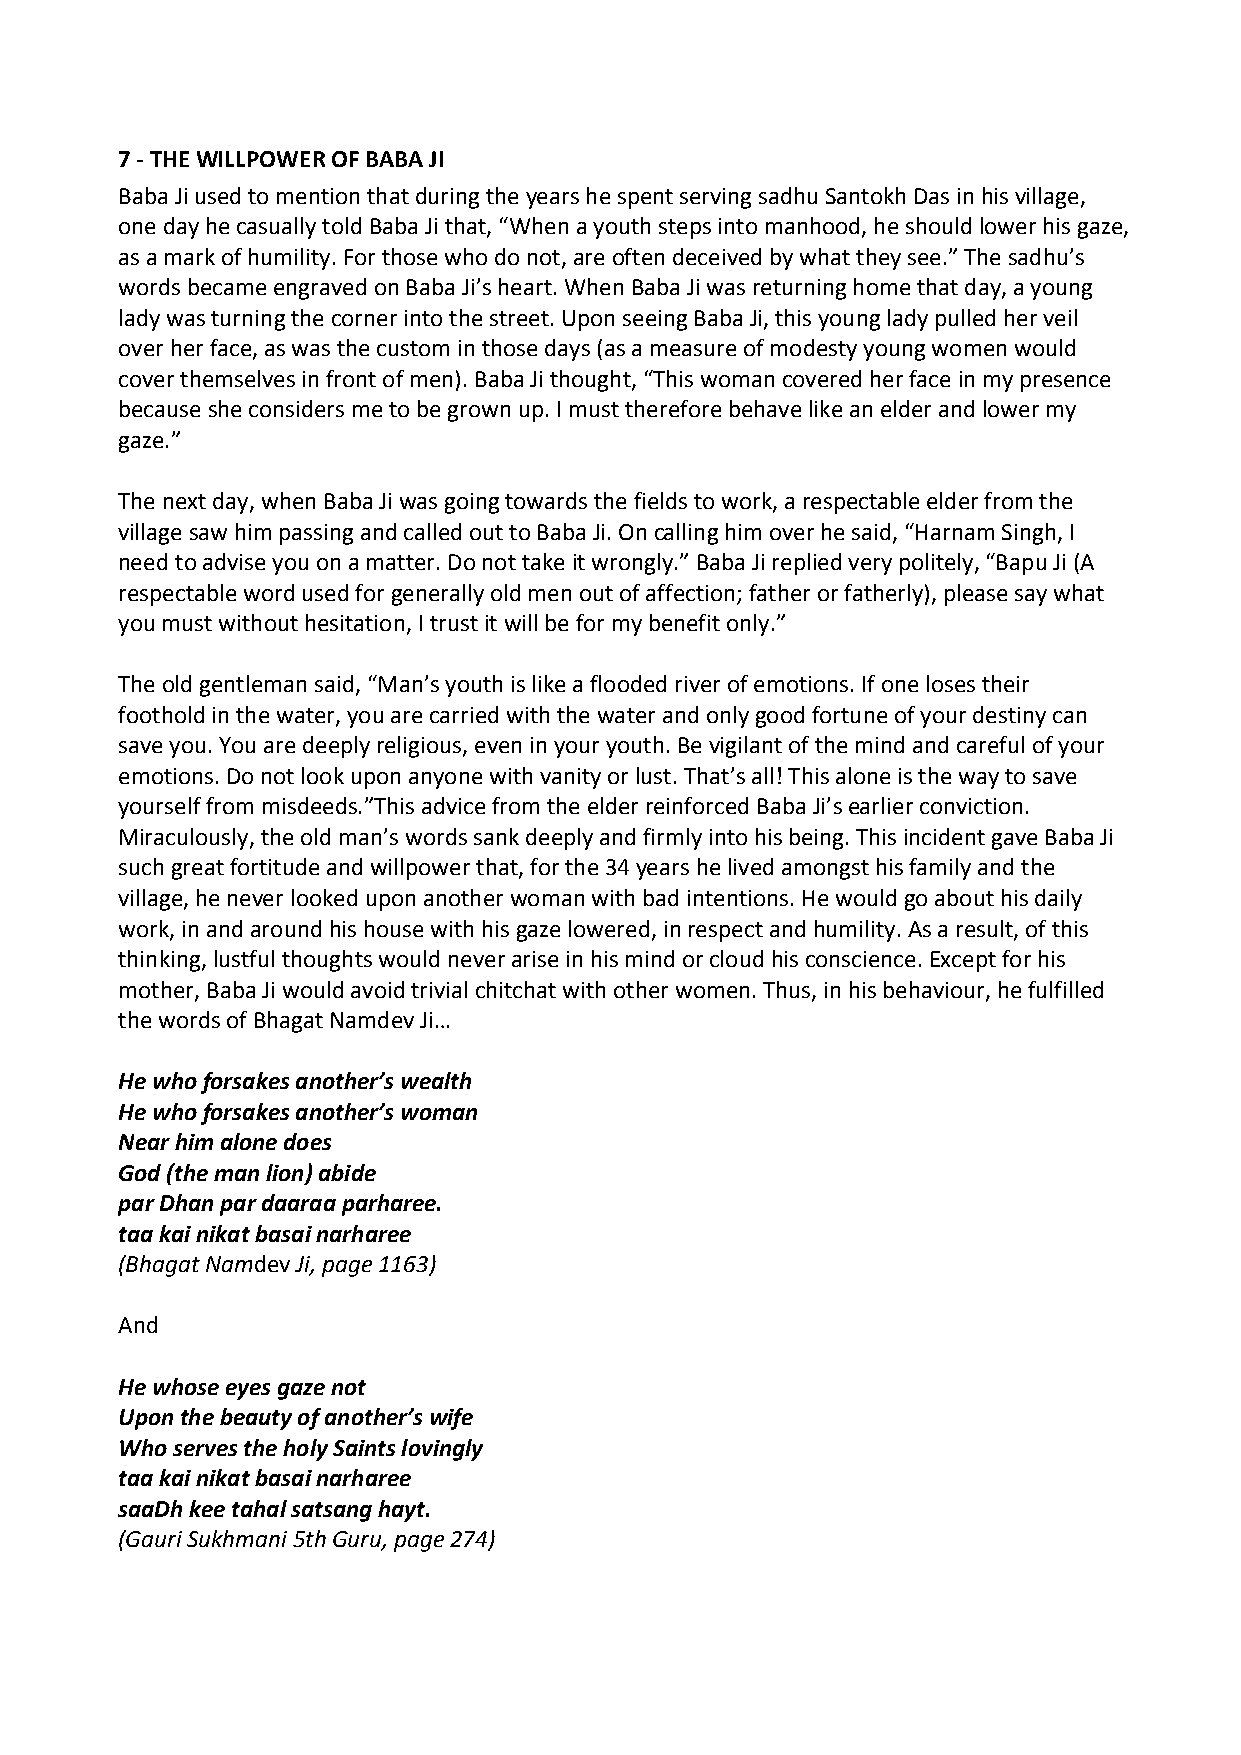
7 ‐ THE WILLPOWER OF BABA JI
 Baba Ji used to mention that during the years he spent serving sadhu Santokh Das in his village,
 one day he casually told Baba Ji that, “When a youth steps into manhood, he should lower his gaze,
 as a mark of humility. For those who do not, are often deceived by what they see.” The sadhu’s
 words became engraved on Baba Ji’s heart. When Baba Ji was returning home that day, a young
 lady was turning the corner into the street. Upon seeing Baba Ji, this young lady pulled her veil
 over her face, as was the custom in those days (as a measure of modesty young women would
 cover themselves in front of men). Baba Ji thought, “This woman covered her face in my presence
 because she considers me to be grown up. I must therefore behave like an elder and lower my
 gaze.”
 The next day, when Baba Ji was going towards the fields to work, a respectable elder from the
 village saw him passing and called out to Baba Ji. On calling him over he said, “Harnam Singh, I
 need to advise you on a matter. Do not take it wrongly.” Baba Ji replied very politely, “Bapu Ji (A
 respectable word used for generally old men out of affection; father or fatherly), please say what
 you must without hesitation, I trust it will be for my benefit only.”
 The old gentleman said, “Man’s youth is like a flooded river of emotions. If one loses their
 foothold in the water, you are carried with the water and only good fortune of your destiny can
 save you. You are deeply religious, even in your youth. Be vigilant of the mind and careful of your
 emotions. Do not look upon anyone with vanity or lust. That’s all! This alone is the way to save
 yourself from misdeeds.”This advice from the elder reinforced Baba Ji’s earlier conviction.
 Miraculously, the old man’s words sank deeply and firmly into his being. This incident gave Baba Ji
 such great fortitude and willpower that, for the 34 years he lived amongst his family and the
 village, he never looked upon another woman with bad intentions. He would go about his daily
 work, in and around his house with his gaze lowered, in respect and humility. As a result, of this
 thinking, lustful thoughts would never arise in his mind or cloud his conscience. Except for his
 mother, Baba Ji would avoid trivial chitchat with other women. Thus, in his behaviour, he fulfilled
 the words of Bhagat Namdev Ji…
 He who forsakes another’s wealth
 He who forsakes another’s woman
 Near him alone does
 God (the man lion) abide
 par Dhan par daaraa parharee.
 taa kai nikat basai narharee
 (Bhagat Namdev Ji, page 1163)
 And
 He whose eyes gaze not
 Upon the beauty of another’s wife
 Who serves the holy Saints lovingly
 taa kai nikat basai narharee
 saaDh kee tahal satsang hayt.
 (Gauri Sukhmani 5th Guru, page 274)